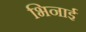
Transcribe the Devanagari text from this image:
भिनाई